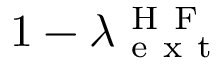
1 - \lambda _ { \mathrm { ~ e ~ x ~ t ~ } } ^ { \mathrm { ~ H ~ F ~ } }